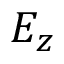
E _ { z }